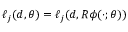
\ell _ { j } ( d , \theta ) = \ell _ { j } ( d , R \phi ( \cdot ; \theta ) )